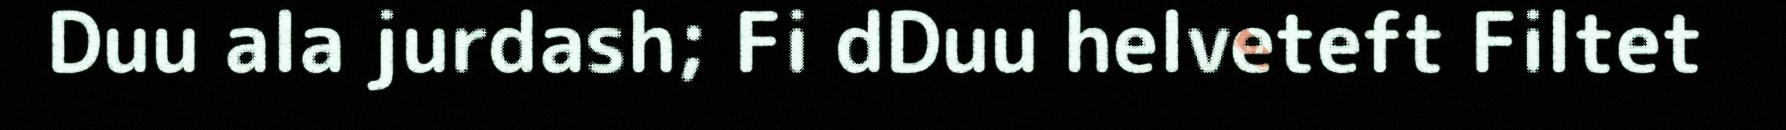
Duu ala jurdash; Fi dDuu helveteft Filtet